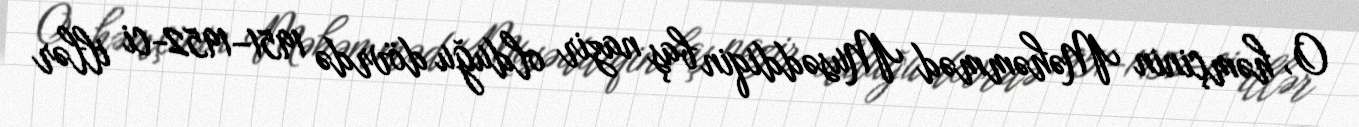
O, həmçinin Məhəmməd Musəddiqin baş nazir olduğu dövrdə 1951–1952-ci illər